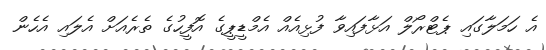
އެ ހަމަލާގައި ޕެޓްރޯލް އަޅާފައިވާ ފުޅިއެއް އެމްޑީޕީގެ އޮފީހުގެ ތެރެއަށް އެލައި އެހެން